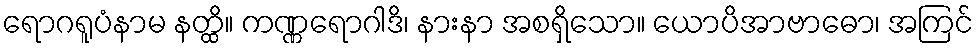
ရောဂရူပံနာမ နတ္ထိ။ ကဏ္ဏရောဂါဒိ၊ နားနာ အစရှိသော။ ယောပိအာဗာဓော၊ အကြင်